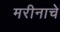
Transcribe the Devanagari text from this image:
मरीनाचे